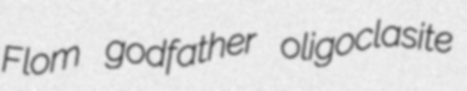
Flom godfather oligoclasite